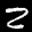
Label: 2